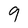
Character: 9